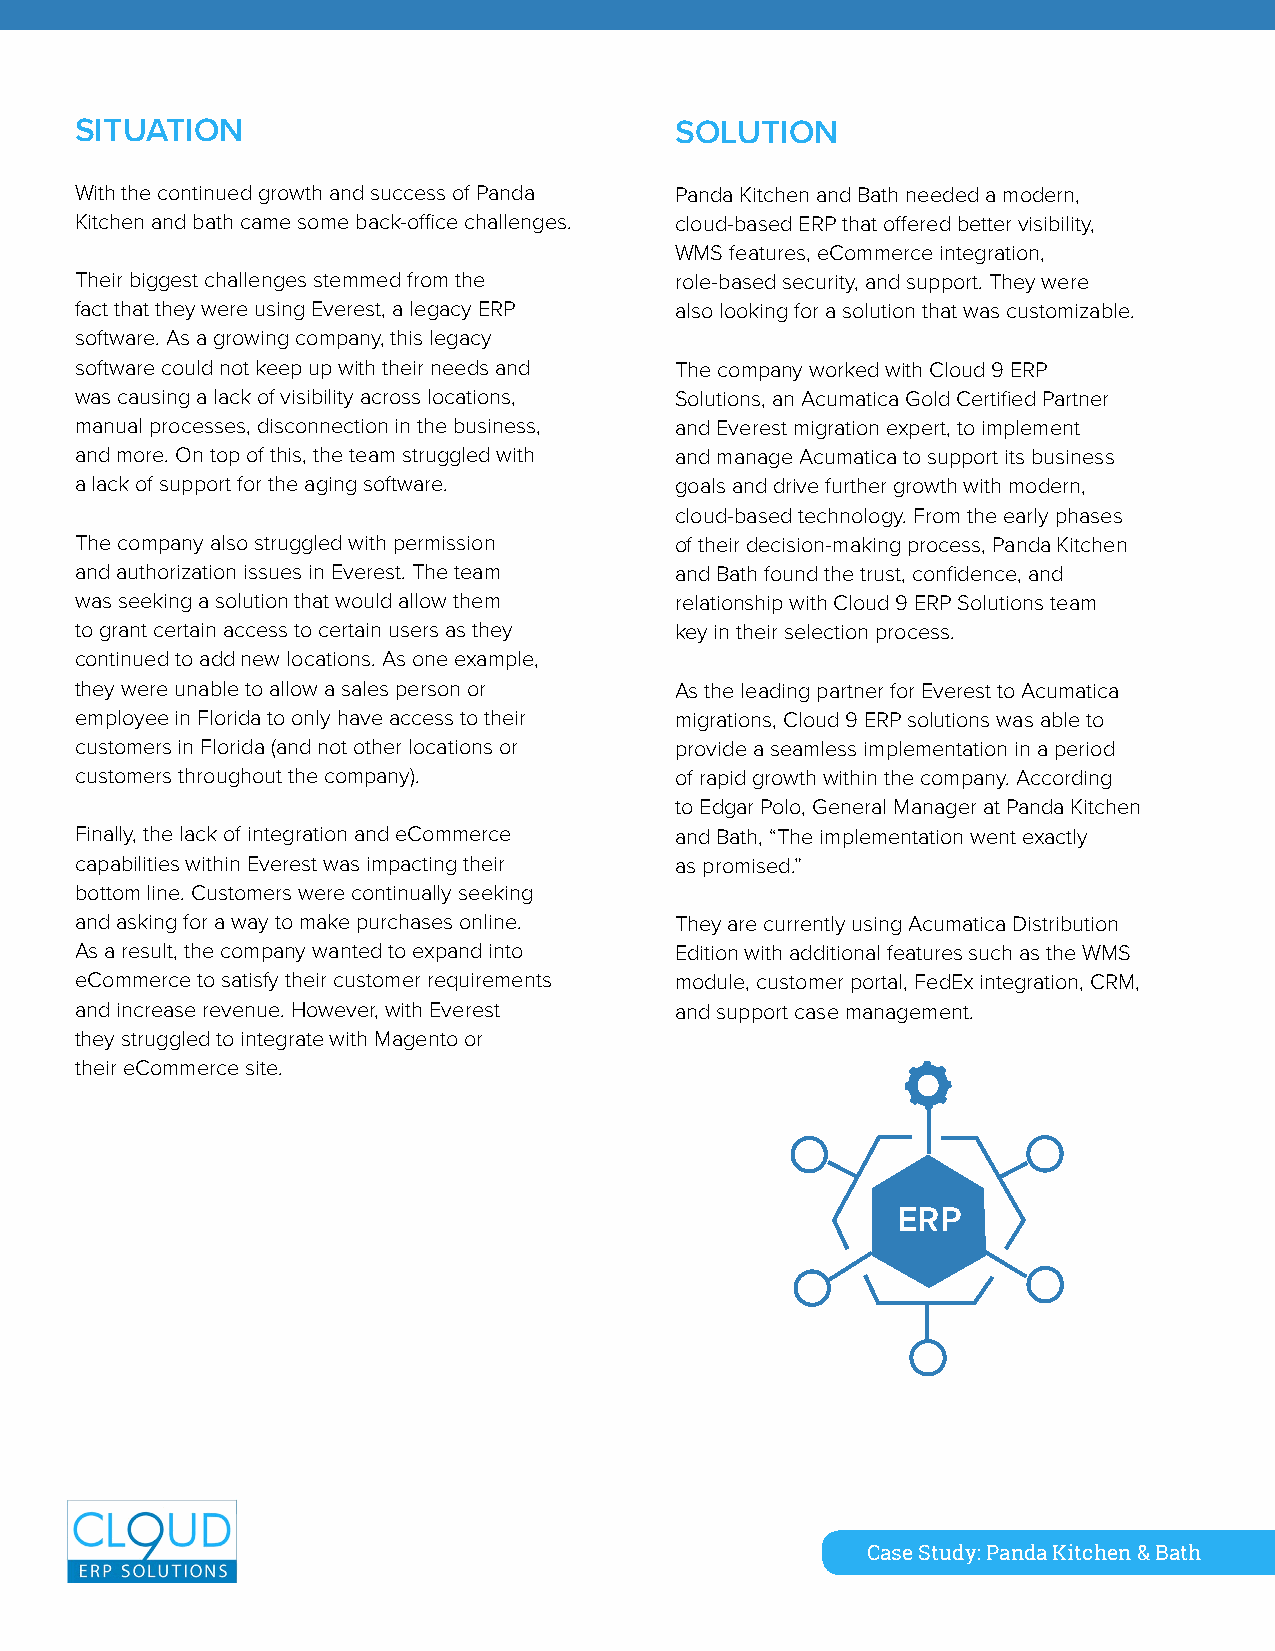
SITUATION                               SOLUTION
 With the continued growth and success of Panda Panda Kitchen and Bath needed a modern,
 Kitchen and bath came some back-office challenges. cloud-based ERP that offered better visibility,
 WMS features, eCommerce integration,
 Their biggest challenges stemmed from the role-based security, and support. They were
 fact that they were using Everest, a legacy ERP also looking for a solution that was customizable.
 software. As a growing company, this legacy
 software could not keep up with their needs and The company worked with Cloud 9 ERP
 was causing a lack of visibility across locations, Solutions, an Acumatica Gold Certified Partner
 manual processes, disconnection in the business, and Everest migration expert, to implement
 and more. On top of this, the team struggled with and manage Acumatica to support its business
 a lack of support for the aging software. goals and drive further growth with modern,
 cloud-based technology. From the early phases
 The company also struggled with permission of their decision-making process, Panda Kitchen
 and authorization issues in Everest. The team and Bath found the trust, confidence, and
 was seeking a solution that would allow them relationship with Cloud 9 ERP Solutions team
 to grant certain access to certain users as they key in their selection process.
 continued to add new locations. As one example,
 they were unable to allow a sales person or As the leading partner for Everest to Acumatica
 employee in Florida to only have access to their migrations, Cloud 9 ERP solutions was able to
 customers in Florida (and not other locations or provide a seamless implementation in a period
 customers throughout the company).      of rapid growth within the company. According
 to Edgar Polo, General Manager at Panda Kitchen
 Finally, the lack of integration and eCommerce and Bath, “The implementation went exactly
 capabilities within Everest was impacting their as promised.”
 bottom line. Customers were continually seeking
 and asking for a way to make purchases online. They are currently using Acumatica Distribution
 As a result, the company wanted to expand into Edition with additional features such as the WMS
 eCommerce to satisfy their customer requirements module, customer portal, FedEx integration, CRM,
 and increase revenue. However, with Everest and support case management.
 they struggled to integrate with Magento or
 their eCommerce site.
 ERP
 Case Study: Panda Kitchen & Bath